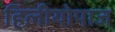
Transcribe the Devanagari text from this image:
हिलीयोपाज